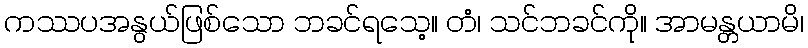
ကဿပအနွယ်ဖြစ်သော ဘခင်ရသေ့။ တံ၊ သင်ဘခင်ကို။ အာမန္တယာမိ၊